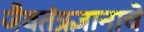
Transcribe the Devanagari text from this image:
जैवतंत्रज्ञानाचे